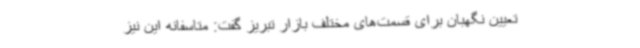
تعیین نگهبان برای قسمت‌های مختلف بازار تبریز گفت: متاسفانه این نیز